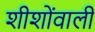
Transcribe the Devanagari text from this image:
शीशोंवाली